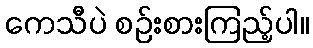
ကေသီပဲ စဉ်းစားကြည့်ပါ။